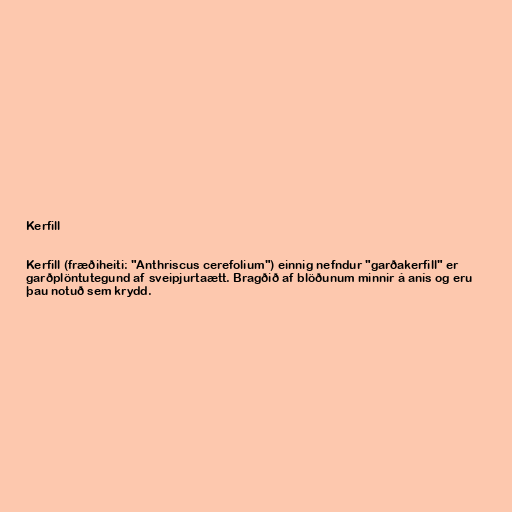
Kerfill

Kerfill (fræðiheiti: "Anthriscus cerefolium") einnig nefndur "garðakerfill" er
garðplöntutegund af sveipjurtaætt. Bragðið af blöðunum minnir á anís og eru
þau notuð sem krydd.